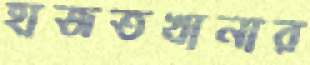
হাজতখানার